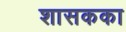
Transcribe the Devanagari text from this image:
शासकका